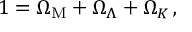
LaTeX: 1 = \Omega _ { \mathrm { M } } + \Omega _ { \Lambda } + \Omega _ { K } \, ,